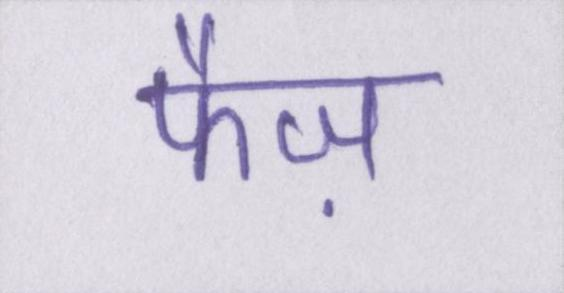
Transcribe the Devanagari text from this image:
फैज़